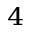
_ 4